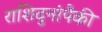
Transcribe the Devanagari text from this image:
राशिदुनांपैकी